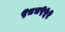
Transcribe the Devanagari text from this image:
९८८९५१